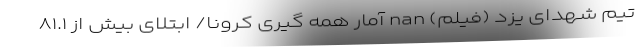
تیم شهدای یزد (فیلم) nan آمار همه گیری کرونا/ ابتلای بیش از ۸۱.۱